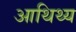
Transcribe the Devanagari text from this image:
आथिथ्य